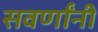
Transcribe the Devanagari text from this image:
सवर्णांनी